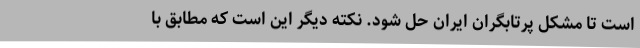
است تا مشکل پرتابگران ایران حل شود. نکته دیگر این است که مطابق با